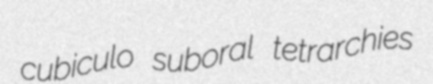
cubiculo suboral tetrarchies